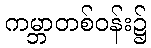
ကမ္ဘာတစ်ဝန်း၌